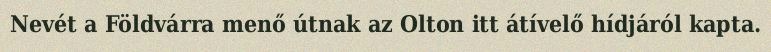
Nevét a Földvárra menő útnak az Olton itt átívelő hídjáról kapta.